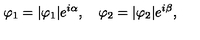
\varphi _ { 1 } = | \varphi _ { 1 } | e ^ { i \alpha } , \quad \varphi _ { 2 } = | \varphi _ { 2 } | e ^ { i \beta } ,